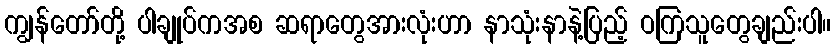
ကျွန်တော်တို့ ပါချုပ်ကအစ ဆရာတွေအားလုံးဟာ နာသုံးနာနဲ့ပြည့် ဝကြသူတွေချည်းပါ။